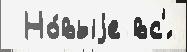
 Но́выjе вс'́